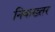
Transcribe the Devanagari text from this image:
निकख्तर